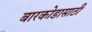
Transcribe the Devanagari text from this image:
बारकोडासाठी